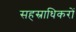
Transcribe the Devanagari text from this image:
सहस्राधिकरों